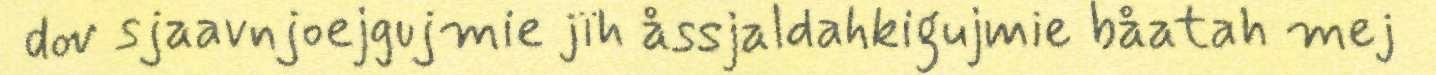
dov sjaavnjoejgujmie jïh åssjaldahkigujmie båatah mej